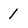
Character: 1